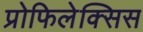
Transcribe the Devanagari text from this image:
प्रोफिलेक्सिस